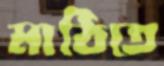
মাঠিতে